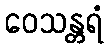
ဝေသန္တရံ